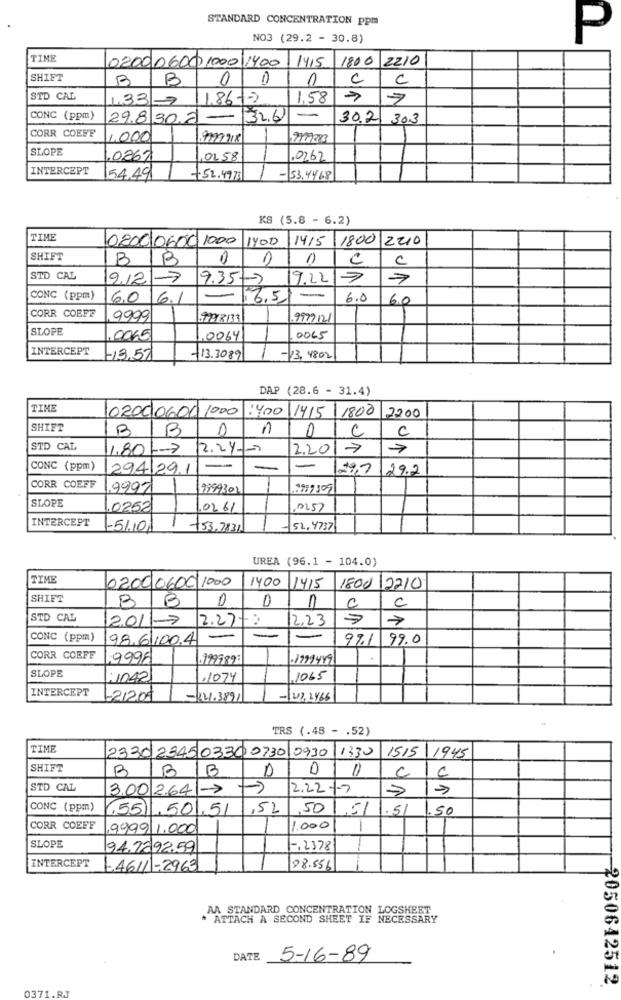
STANDARD CONCENTRATION ppm
NO3 (29.2 - 30.8)
P
TIME
1415
1800
2210
02000600 1000 1400
SHIFT
B
B
0
1
c
C
STD CAL
1.33-7
11.86-7
1.58
CONC (ppm)
298302-
32.6
-
30.2
30.3
CORR COEFF
1000
9779918
SLOPE
.0267
,0258
.0262
INTERCEPT
54,49
-52.4977
-53.4468
KS (5.8 - 6.2)
TIME
0800 0600 1000
1400
1415
1800 2210
SHIFT
B
B
0
C
C
STD CAL
9.12|-7
9.35-7
9.227
CONC (ppm)
6.0 6.1
- 6.5
-
6.0
6.0
CORR COEF?
9999
9979121
SLOPE
0065
,0064
0065
INTERCEPT
113,57
-13.3089
-13, 4802
DAP (28.6 - 31.4)
TIME
02000600 1000 1400
14/5/ 1800 2200
SHIFT
n
C
C
STD CAL
1.80-7 12.24 --
2.2017
7
CONC (ppm)
294129.1
-
-
-
29,7
29.2
CORR COEFF
.9997
9999302
12977399
SLOPE
.0252
0261
0257
INTERCEPT
-51.10
53,7831
-52,4737
UREA (96.1 - 104.0)
TIME
1400
1415
0200 0600 1000
1800 2210
SHIFT
B
0
D
n
C
B
C
STD CAL
2.011-7 2.27-
12.23
CONC (ppm)
98.6100.4
-
-
-
97.1
99.0
CORR COEFF
9998
199989
1799449
SLOPE
:1042
,1074
.1065
INTERCEPT
1.212.05
-R21.3891
TRS (.48 - . 52)
TIME
2330 2345 03300730 0930 1330
1515
1945
SHIFT
BBB
0
C
C
STD CAL
3.00 264 -7
12.22-7
CONC (ppm)
.551 .50,51
,52
,50 ,51
.5
50
CORR COEFF
9999 1.000
1.000
-
SLOPE
94.1892.59
-, 2378
INTERCEPT
1.46111-2963
88.556
AA STANDARD CONCENTRATION LOGSHEET
* ATTACH A SECOND SHEET IF NECESSARY
DATE
5-16-89
2050642512
0371.RJ